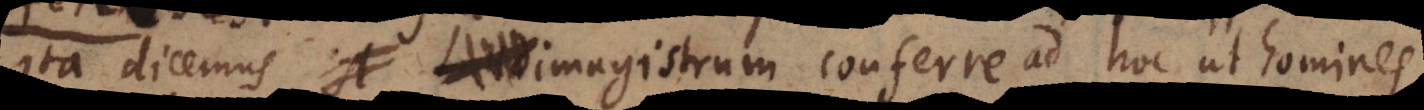
imagistrum magistrum conferre ad hoc ut homines